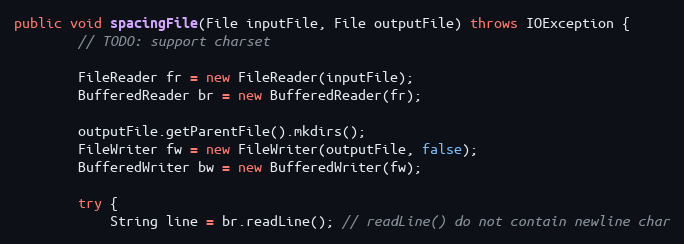
Language: Java
public void spacingFile(File inputFile, File outputFile) throws IOException {
        // TODO: support charset

        FileReader fr = new FileReader(inputFile);
        BufferedReader br = new BufferedReader(fr);

        outputFile.getParentFile().mkdirs();
        FileWriter fw = new FileWriter(outputFile, false);
        BufferedWriter bw = new BufferedWriter(fw);

        try {
            String line = br.readLine(); // readLine() do not contain newline char